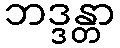
ဘဒ္ဒန္တာ